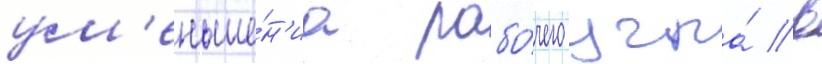
ум'еньше́н'иа рабо́чего угла́ в